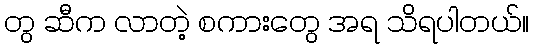
တွ ဆီက လာတဲ့ စကားတွေ အရ သိရပါတယ်။